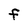
Character: F